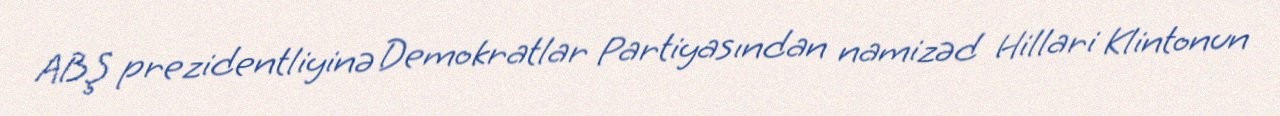
ABŞ prezidentliyinə Demokratlar Partiyasından namizəd Hillari Klintonun